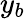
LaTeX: y_{b}